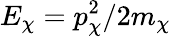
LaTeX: E_{\chi}=p_{\chi}^{2}/2m_{\chi}